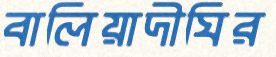
বালিয়াদীঘির